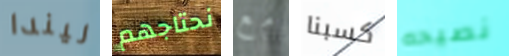
ليندا نحتاجهم مع كسبنا نصيحه